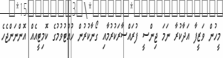
މީހުން ވަޒީފާ އަދާކުރާ ނަމަ ޖިންސީ ފުރައްސާރަކުރުމާއި ގޯނާކުރުން ހުއްޓުވުމުގެ ކޮމިޓީއެއް އޮންނަންޖެހެ